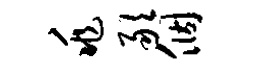
兆敢个